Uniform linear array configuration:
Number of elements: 4
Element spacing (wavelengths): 0.75
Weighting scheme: hamming
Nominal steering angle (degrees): -45
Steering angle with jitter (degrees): -45.612
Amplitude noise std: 0.05
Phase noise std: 0.05

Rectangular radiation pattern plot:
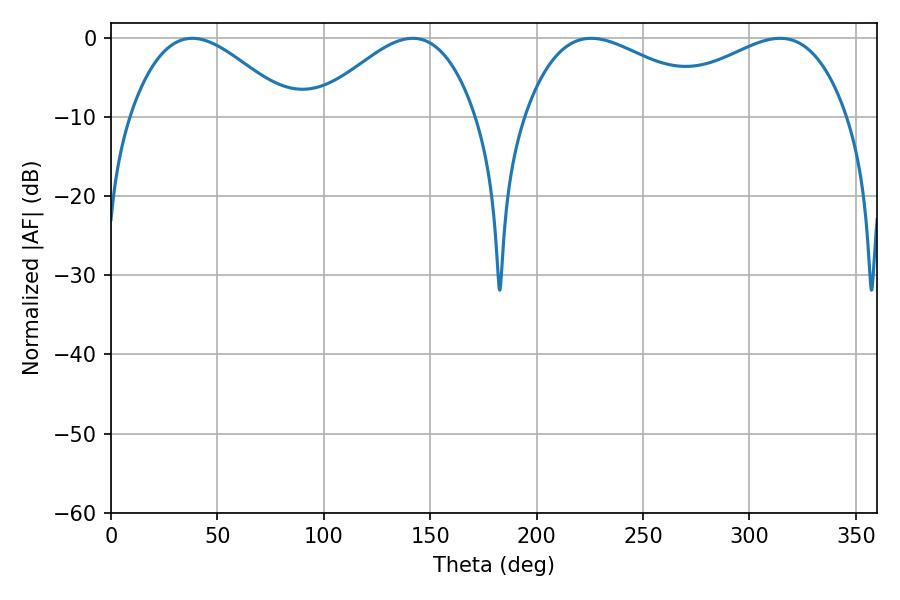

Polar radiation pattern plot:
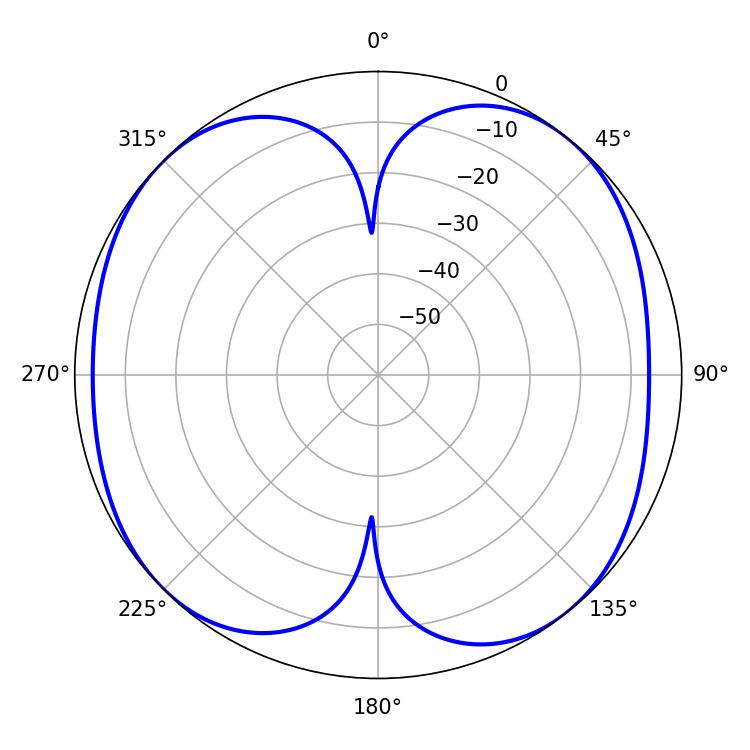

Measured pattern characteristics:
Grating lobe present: TRUE
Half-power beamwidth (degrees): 40.86
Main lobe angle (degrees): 38.16